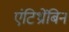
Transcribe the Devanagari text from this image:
एंटिथ्रोंबिन